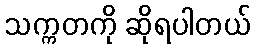
သက္ကတကို ဆိုရပါတယ်